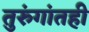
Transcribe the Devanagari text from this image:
तुरुंगांतही